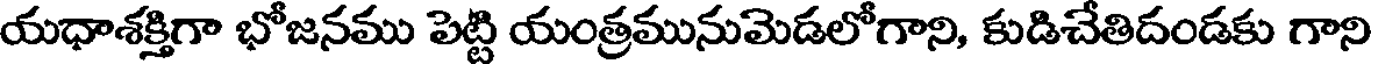
యధాశక్తిగా భోజనము పెట్టి యంత్రమునుమెడలోగాని, కుడిచేతిదండకు గాని